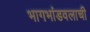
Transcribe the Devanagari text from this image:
भागभांडवलाची